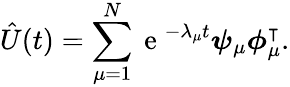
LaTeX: \hat{U}(t)=\sum_{\mu=1}^{N}\mathrm{~e~}^{-\lambda_{\mu}t}\boldsymbol{\psi}_{\mu}\boldsymbol{\phi}_{\mu}^{\intercal}.